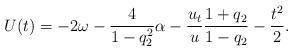
LaTeX: \begin{align*}U(t) = -2\omega -\frac{4}{1-q^2_2} \alpha -\frac{u_t}{u}\frac{1+q_2}{1-q_2} - \frac{t^2}{2}.\end{align*}